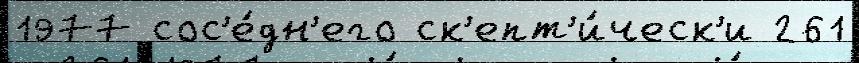
1977 сос'е́дн'его ск'епт'и́ческ'и 261